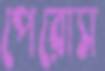
পেরোস